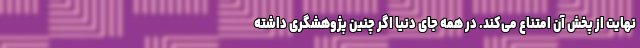
نهایت از پخش آن امتناع می‌کند. در همه جای دنیا اگر چنین پژوهشگری داشته